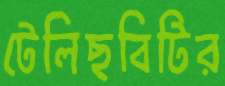
টেলিছবিটির